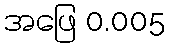
အဖြေ 0.005